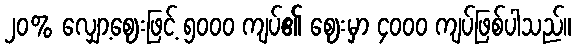
၂၀% လျှော့ဈေးဖြင့် ၅၀၀၀ ကျပ်၏ ဈေးမှာ ၄၀၀၀ ကျပ်ဖြစ်ပါသည်။